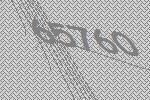
65760